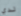
لدي